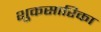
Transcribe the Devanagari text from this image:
शुकसारिका